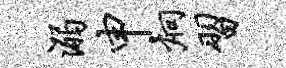
溺申炯习